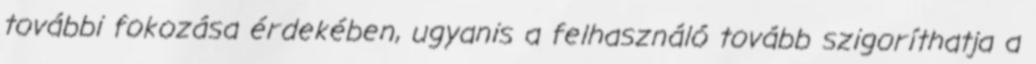
további fokozása érdekében, ugyanis a felhasználó tovább szigoríthatja a